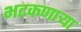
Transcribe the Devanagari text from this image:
भटकणार्‍या